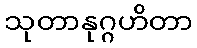
သုတာနုဂ္ဂဟိတာ